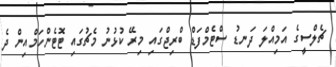
ޗެލްސީގެ އަމިއްލަ ދަނޑު ސްޓެމްފަޑް ބްރިޖްގައި މިރޭ ކުޅުނު މެޗުގައި ޓޮޓެންހަމްއިން ދެ